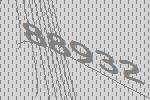
88932